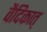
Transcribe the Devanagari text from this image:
वैदिकात्